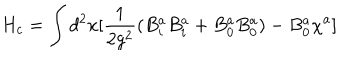
H _ { c } = \int d ^ { 2 } x [ \frac { 1 } { 2 g ^ { 2 } } ( B _ { i } ^ { a } B _ { i } ^ { a } + B _ { 0 } ^ { a } B _ { 0 } ^ { a } ) - B _ { 0 } ^ { a } \chi ^ { a } ]